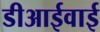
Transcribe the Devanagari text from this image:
डीआईवाई